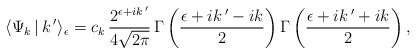
\begin{align*}\langle \Psi_k\,|\,k\,'\rangle_\epsilon= c_k\,\frac{2^{\epsilon +ik\,'}}{4\sqrt{2\pi}}\,\Gamma\left(\frac{\epsilon +ik\,'-ik}{2}\right)\Gamma\left(\frac{\epsilon +ik\,'+ik}{2}\right),\end{align*}